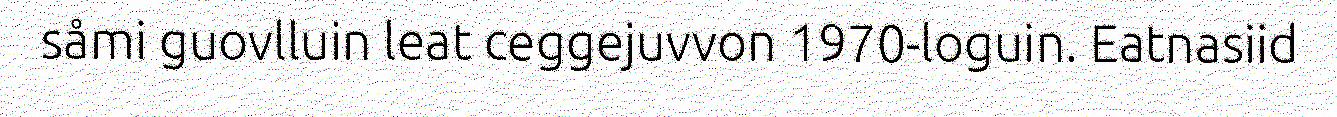
såmi guovlluin leat ceggejuvvon 1970-loguin. Eatnasiid